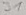
Text: J1